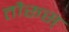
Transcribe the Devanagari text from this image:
तौरूस्